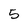
Character: 5